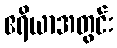
ဧရိယာအတွင်း